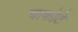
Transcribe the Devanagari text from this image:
चाकोटे